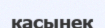
касынек